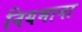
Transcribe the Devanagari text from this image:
नियमाना